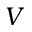
V